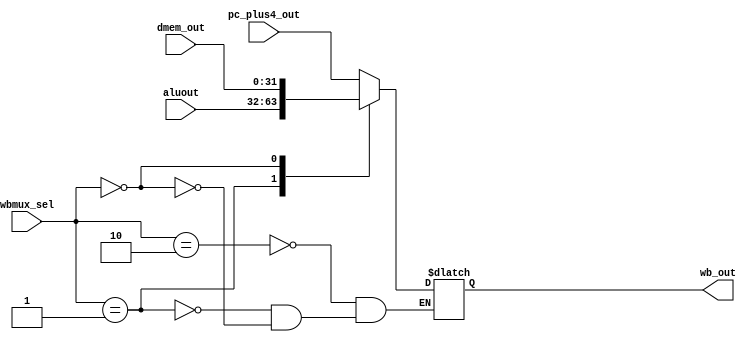
module wbmux(dmem_out,aluout,pc_plus4_out,wbmux_sel,wb_out);
input [31:0]dmem_out,aluout,pc_plus4_out;
input [1:0]wbmux_sel;
output reg [31:0]wb_out;
always@(aluout,dmem_out,pc_plus4_out,wbmux_sel) begin
case(wbmux_sel) 
2: wb_out = pc_plus4_out;
1: wb_out = aluout;
0: wb_out = dmem_out;
endcase
end
endmodule